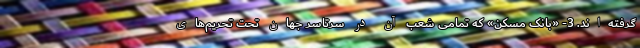
گرفته‌اند. 3- «بانک مسکن» که تمامی شعب آن در سرتاسر جهان تحت تحریم‌های